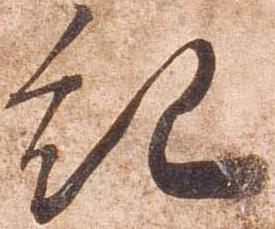
紀